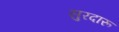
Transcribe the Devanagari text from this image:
सुरदारू